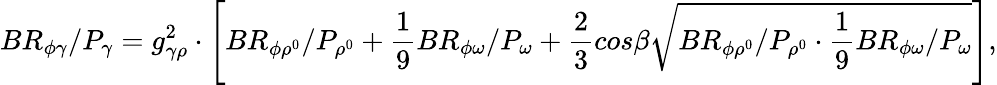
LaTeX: BR_{\phi\gamma}/P_{\gamma}=g_{\gamma\rho}^{2}\cdot\left[BR_{\phi\rho^{0}}/P_{\rho^{0}}+\frac{1}{9}BR_{\phi\omega}/P_{\omega}+\frac{2}{3}cos\beta\sqrt{BR_{\phi\rho^{0}}/P_{\rho^{0}}\cdot\frac{1}{9}BR_{\phi\omega}/P_{\omega}}\right],